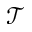
\mathcal { T }